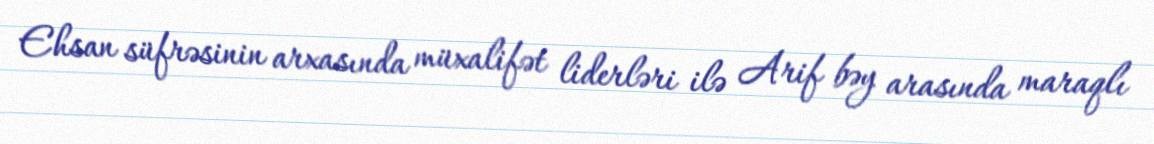
Ehsan süfrəsinin arxasında müxalifət liderləri ilə Arif bəy arasında maraqlı